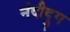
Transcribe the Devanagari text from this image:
नंदीद्रुग